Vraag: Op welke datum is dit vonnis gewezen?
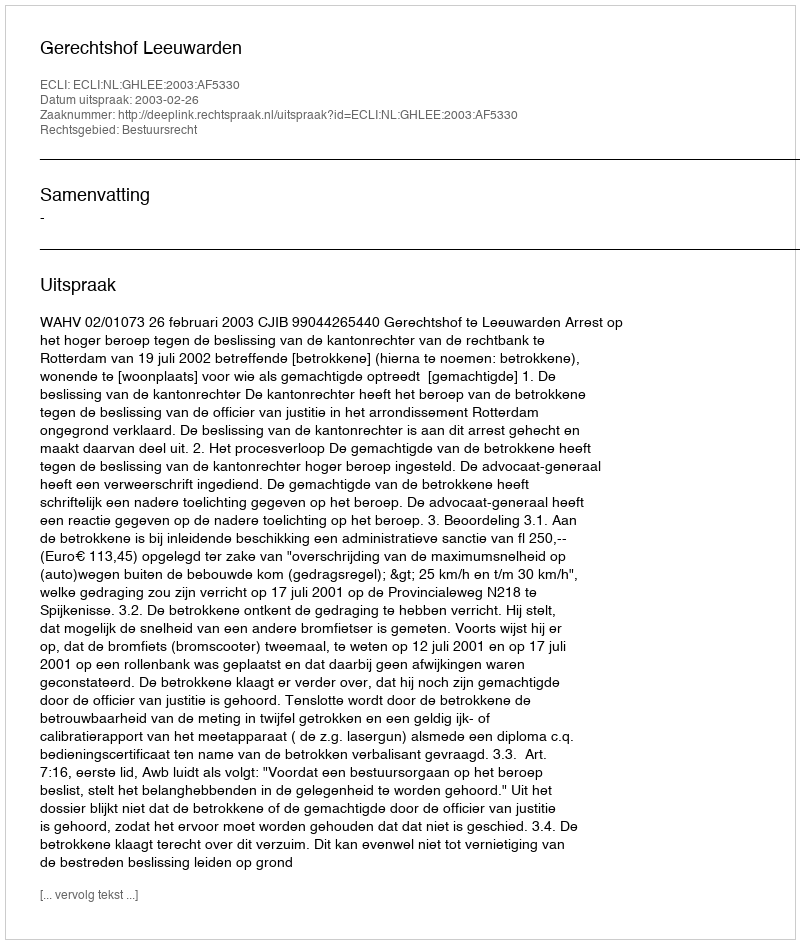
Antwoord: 2003-02-26